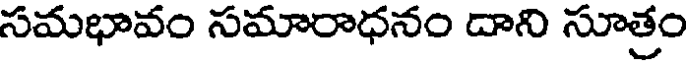
సమభావం సమారాధనం దాని సూత్రం